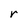
Character: r